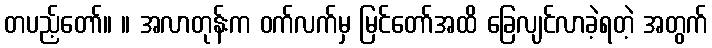
တပည့်တော်။ ။ အလာတုန်းက ဝက်လက်မှ မြင်တော်အထိ ခြေလျင်လာခဲ့ရတဲ့ အတွက်